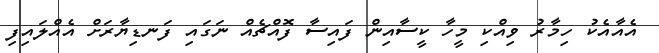
އެއާއެކު ހިމާރު ވިއްކި މީހާ ކީސާއިން ފައިސާ ފޮއްޗެއް ނަގައި ފަނޑިޔާރަށް އެއްލައިފި